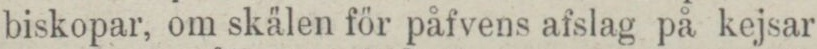
biskopar, om skälen för påfvens afslag på kejsar